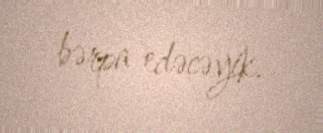
bərpa edəcəyik.